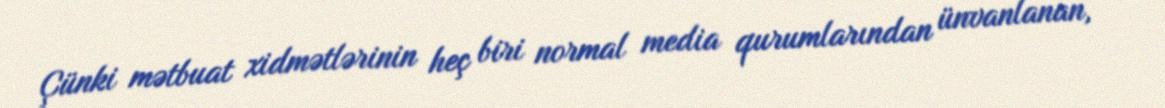
Çünki mətbuat xidmətlərinin heç biri normal media qurumlarından ünvanlanan,